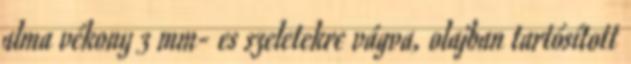
alma vékony 3 mm- es szeletekre vágva, olajban tartósított